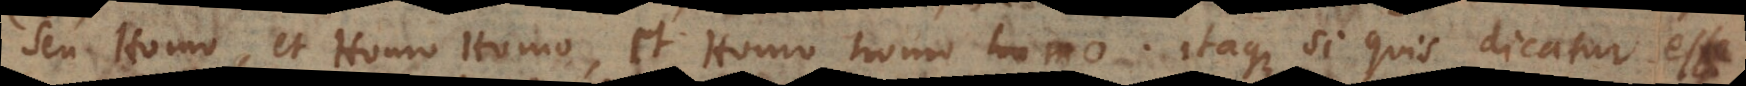
seu Homo, et Homo Homo, et Homo homo homo. Itaque si quis dicatur esse